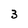
Character: 3